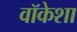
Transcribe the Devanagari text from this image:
वॉकेशा